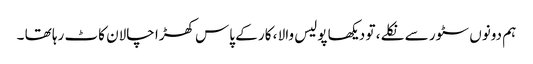
ہم دونوں سٹور سے نکلے ، تو دیکھا پولیس والا ، کار کے پاس کھڑا چالان کاٹ رہا تھا ۔